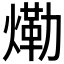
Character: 𱬀